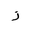
Letter: _zay